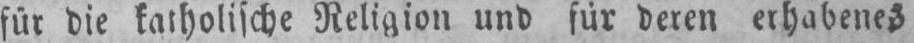
für die katholische Religion und für deren erhabenes